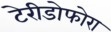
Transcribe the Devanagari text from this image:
टेरीडोफोरा